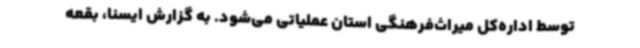
توسط اداره‌کل میراث‌فرهنگی استان عملیاتی می‌شود. به گزارش ایسنا، بقعه